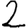
Digit: 2